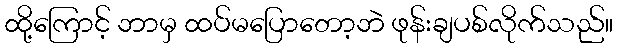
ထို့ကြောင့် ဘာမှ ထပ်မပြောတော့ဘဲ ဖုန်းချပစ်လိုက်သည်။